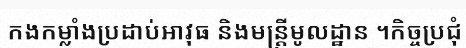
កងកម្លាំងប្រដាប់អាវុធ និងមន្ត្រីមូលដ្ឋាន ។កិច្ចប្រជុំ